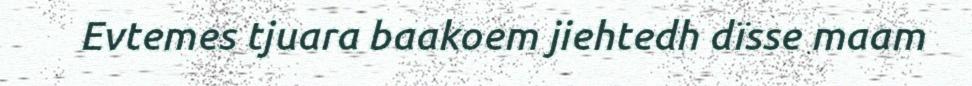
Evtemes tjuara baakoem jiehtedh dïsse maam